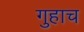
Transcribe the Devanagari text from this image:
गुहाच